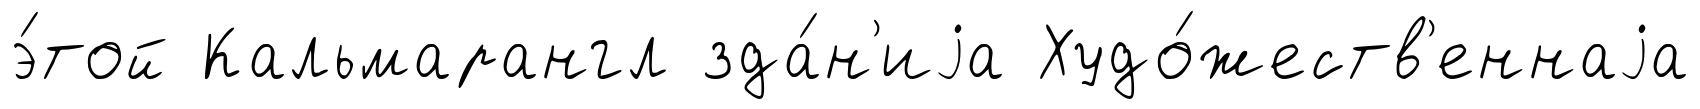
э́той Кальмарангл зда́н'иjа Худо́жеств'еннаjа